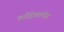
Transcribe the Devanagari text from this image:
कारैड्रिइफ़ॉर्मीज़